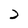
Character: 2